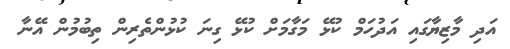
އަދި މާޒިޔާގައި އަދުހަމް ކުޅޭ މަގާމަށް ކުޅޭ ގިނަ ކުޅުންތެރިން ތިބުމުން އޭނާ